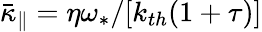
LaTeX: \bar{\kappa}_{\| }=\eta\omega_{\ast}/[k_{th}(1+\tau)]